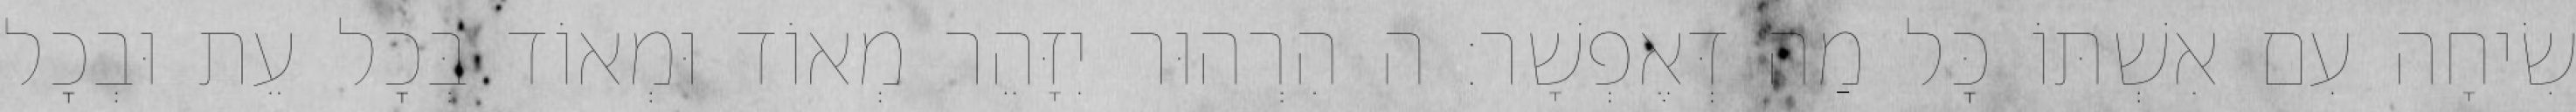
שִׂיחָה עִם אִשְׁתּוֹ כׇּל מַה דְּאֶפְשָׁר: ה הִרְהוּר יִזָּהֵר מְאוֹד וּמְאוֹד בְּכׇל עֵת וּבְכׇל